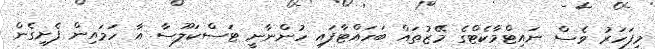
މިފަހަރު ވެސް ނައިޓްމާކެޓްގެ މޭޒުތައް ބަހައްޓާފައި ހުންނާނީ ޓަސްކަލޫސާ އާ ހަމައިން ފެށިގެން